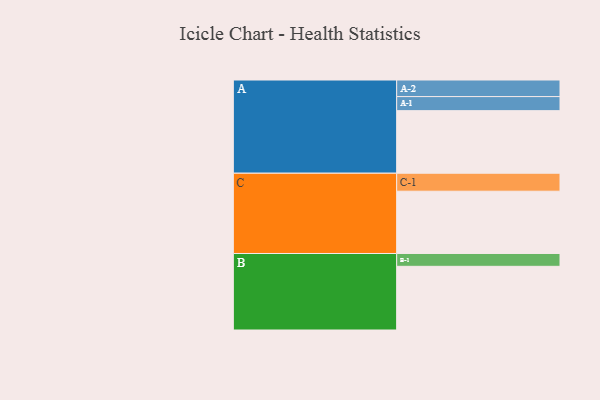
{"axis": {"x": "Segment", "y": "Value"}, "legend": ["", "A", "B", "C"], "data": [{"x": "A", "y": 449, "type": ""}, {"x": "B", "y": 457, "type": ""}, {"x": "C", "y": 447, "type": ""}, {"x": "A-1", "y": 101, "type": "A"}, {"x": "A-2", "y": 119, "type": "A"}, {"x": "B-1", "y": 92, "type": "B"}, {"x": "C-1", "y": 129, "type": "C"}]}